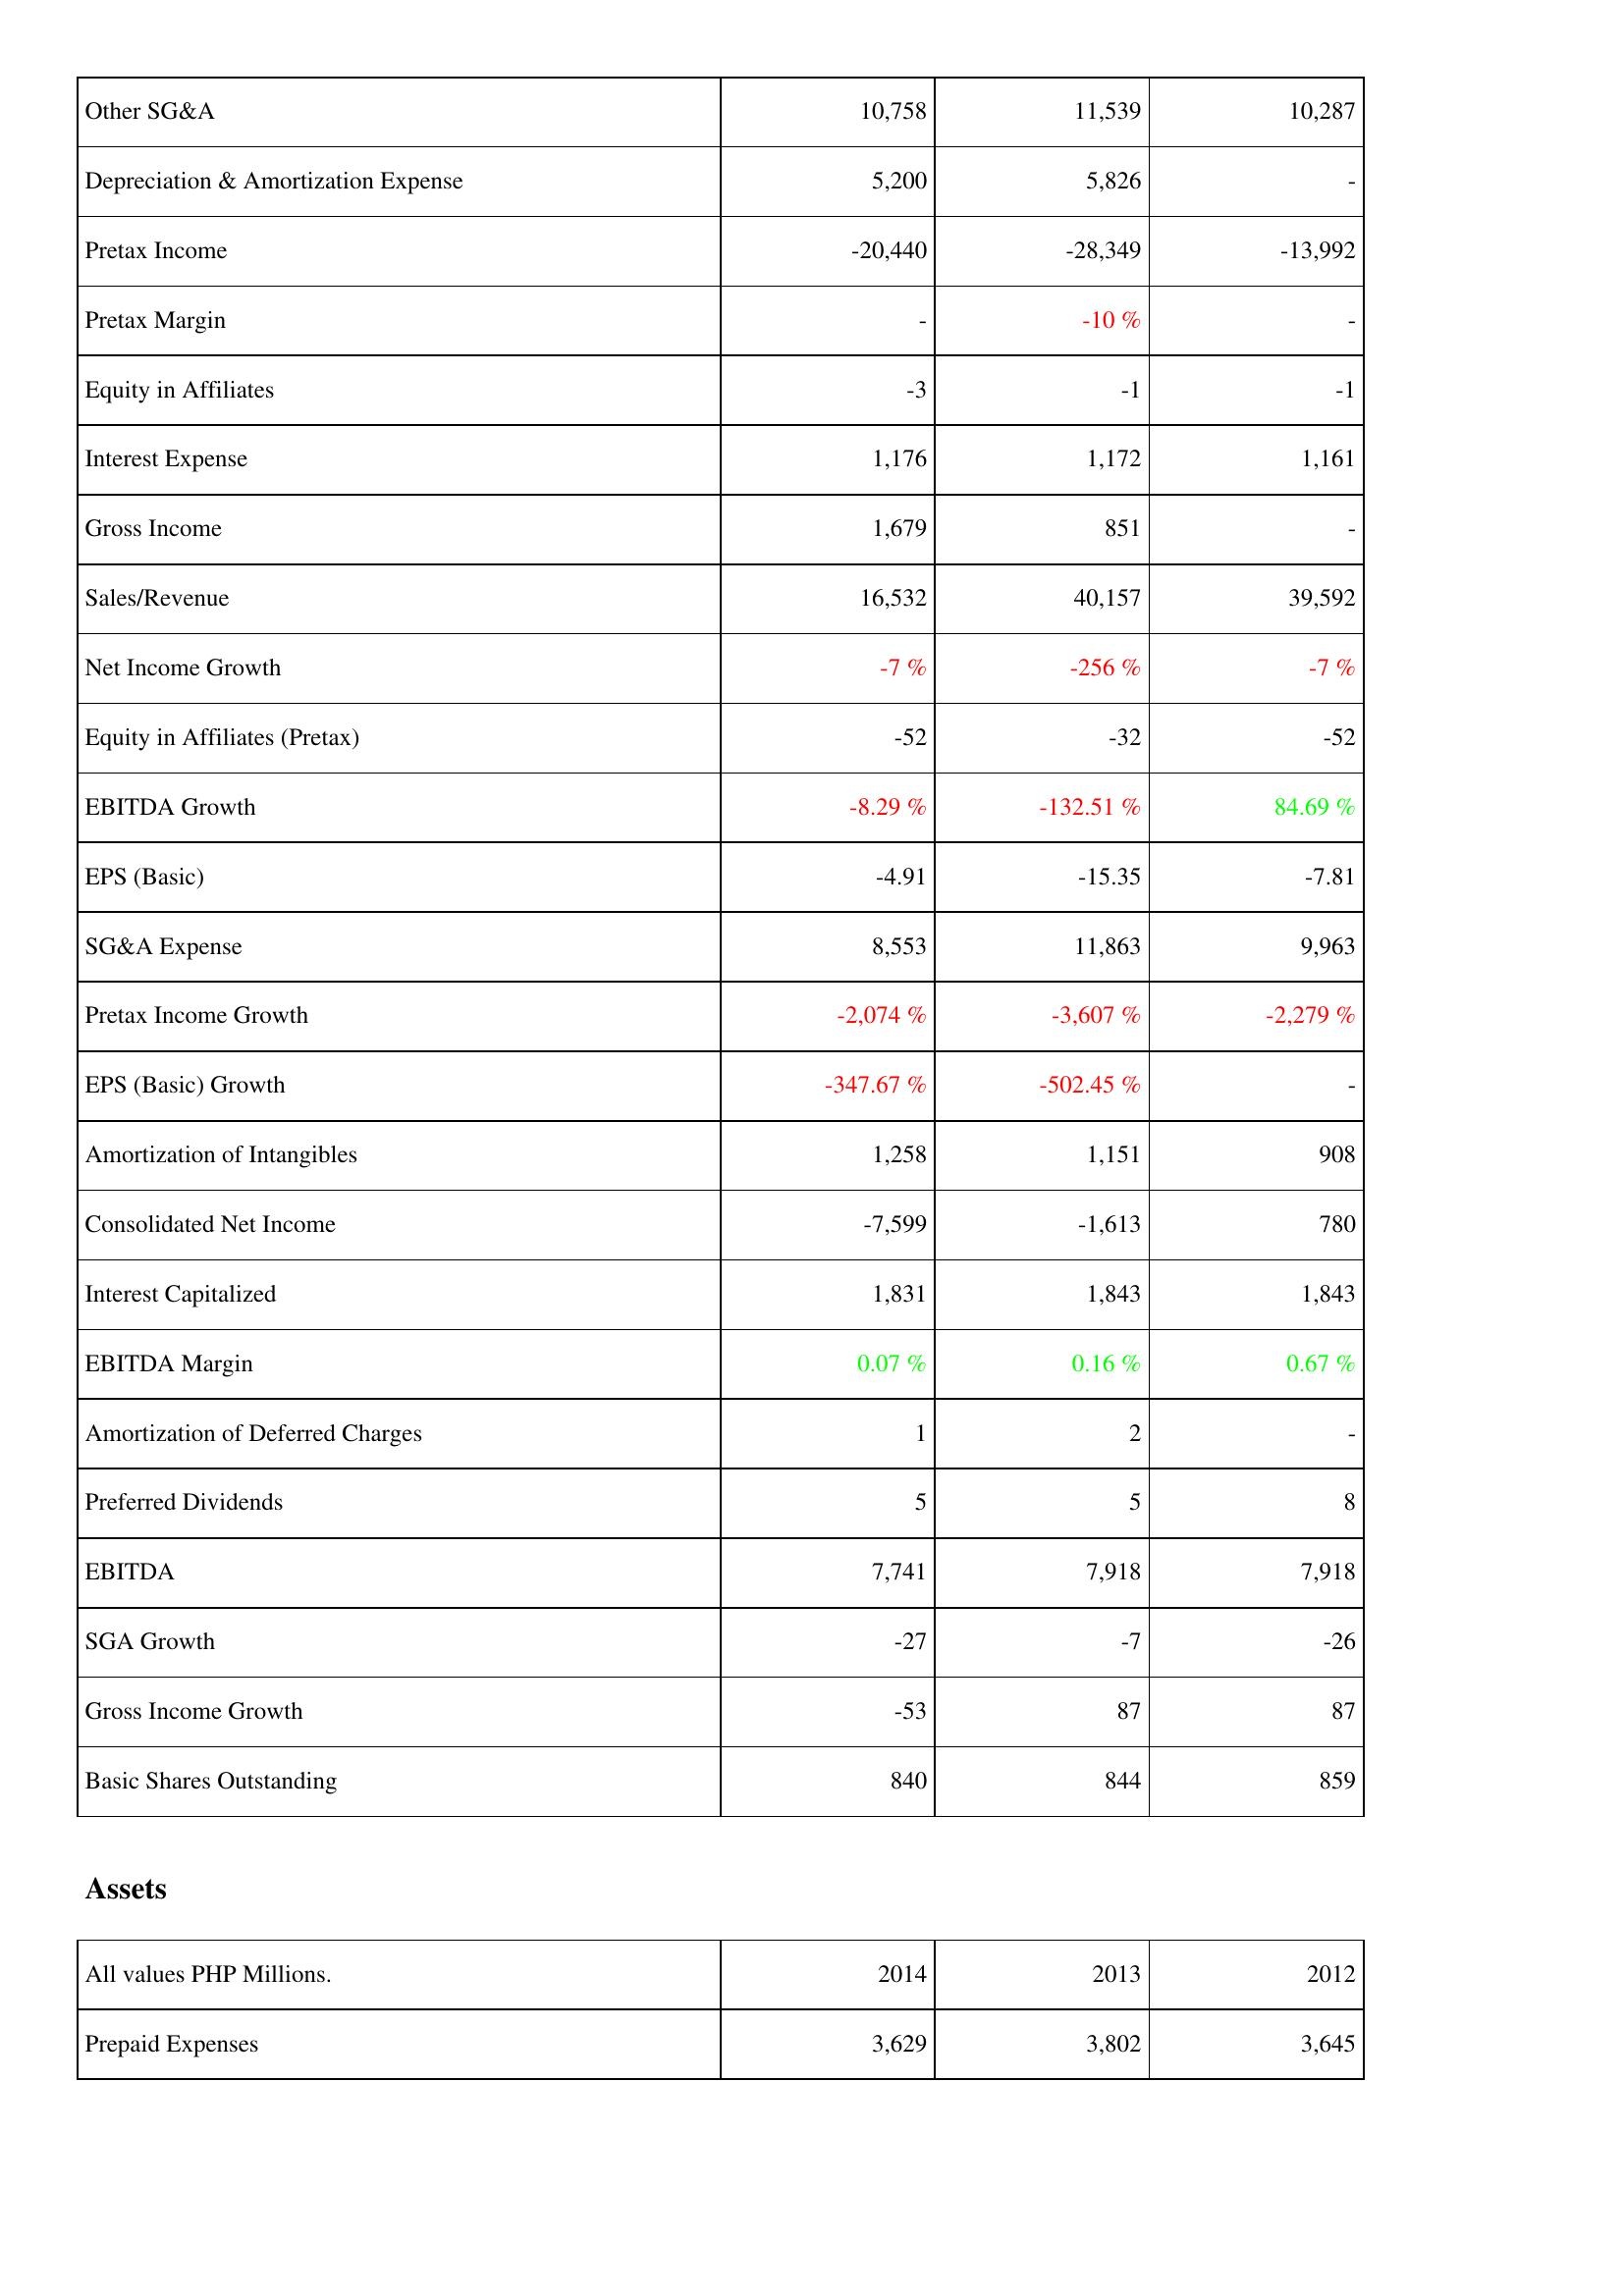
2014: Income Statement: Other SG&A: 10,758
Depreciation & Amortization Expense: 5,200
Pretax Income: -20,440
Pretax Margin: -
Equity in Affiliates: -3
Interest Expense: 1,176
Gross Income: 1,679
Sales/Revenue: 16,532
Net Income Growth: -7 %
Equity in Affiliates (Pretax): -52
EBITDA Growth: -8.29 %
EPS (Basic): -4.91
SG&A Expense: 8,553
Pretax Income Growth: -2,074 %
EPS (Basic) Growth: -347.67 %
Amortization of Intangibles: 1,258
Consolidated Net Income: -7,599
Interest Capitalized: 1,831
EBITDA Margin: 0.07 %
Amortization of Deferred Charges: 1
Preferred Dividends: 5
EBITDA: 7,741
SGA Growth: -27
Gross Income Growth: -53
Basic Shares Outstanding: 840
Assets: Prepaid Expenses: 3,629
2013: Income Statement: Other SG&A: 11,539
Depreciation & Amortization Expense: 5,826
Pretax Income: -28,349
Pretax Margin: -10 %
Equity in Affiliates: -1
Interest Expense: 1,172
Gross Income: 851
Sales/Revenue: 40,157
Net Income Growth: -256 %
Equity in Affiliates (Pretax): -32
EBITDA Growth: -132.51 %
EPS (Basic): -15.35
SG&A Expense: 11,863
Pretax Income Growth: -3,607 %
EPS (Basic) Growth: -502.45 %
Amortization of Intangibles: 1,151
Consolidated Net Income: -1,613
Interest Capitalized: 1,843
EBITDA Margin: 0.16 %
Amortization of Deferred Charges: 2
Preferred Dividends: 5
EBITDA: 7,918
SGA Growth: -7
Gross Income Growth: 87
Basic Shares Outstanding: 844
Assets: Prepaid Expenses: 3,802
2012: Income Statement: Other SG&A: 10,287
Depreciation & Amortization Expense: -
Pretax Income: -13,992
Pretax Margin: -
Equity in Affiliates: -1
Interest Expense: 1,161
Gross Income: -
Sales/Revenue: 39,592
Net Income Growth: -7 %
Equity in Affiliates (Pretax): -52
EBITDA Growth: 84.69 %
EPS (Basic): -7.81
SG&A Expense: 9,963
Pretax Income Growth: -2,279 %
EPS (Basic) Growth: -
Amortization of Intangibles: 908
Consolidated Net Income: 780
Interest Capitalized: 1,843
EBITDA Margin: 0.67 %
Amortization of Deferred Charges: -
Preferred Dividends: 8
EBITDA: 7,918
SGA Growth: -26
Gross Income Growth: 87
Basic Shares Outstanding: 859
Assets: Prepaid Expenses: 3,645